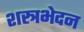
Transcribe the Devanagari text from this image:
शस्त्रभेदन